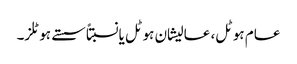
عام ہوٹل، عالیشان ہوٹل یانسبتاً سستے ہوٹلز۔